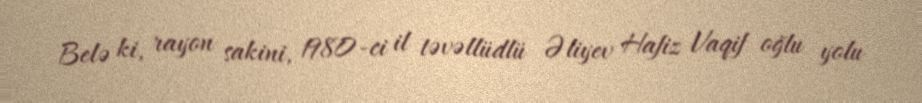
Belə ki, rayon sakini, 1980-ci il təvəllüdlü Əliyev Hafiz Vaqif oğlu yolu